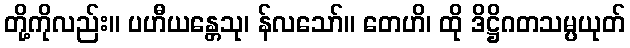
တို့ကိုလည်း။ ပဟီယန္တေသု၊ န်လသော်။ တေဟိ၊ ထို ဒိဋ္ဌိဂတသမ္ပယုတ်